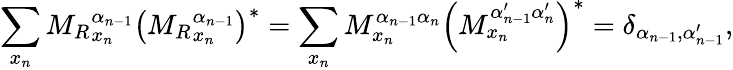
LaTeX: \sum_{x_{n}}{M_{R}}_{x_{n}}^{\alpha_{n-1}}\left({M_{R}}_{x_{n}}^{\alpha_{n-1}}\right)^{*}=\sum_{x_{n}}M_{x_{n}}^{\alpha_{n-1}\alpha_{n}}\left(M_{x_{n}}^{\alpha_{n-1}^{\prime}\alpha_{n}^{\prime}}\right)^{*}=\delta_{\alpha_{n-1},\alpha_{n-1}^{\prime}},